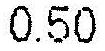
0.50